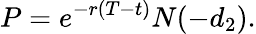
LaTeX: P=e^{-r(T-t)}N(-d_{2}).